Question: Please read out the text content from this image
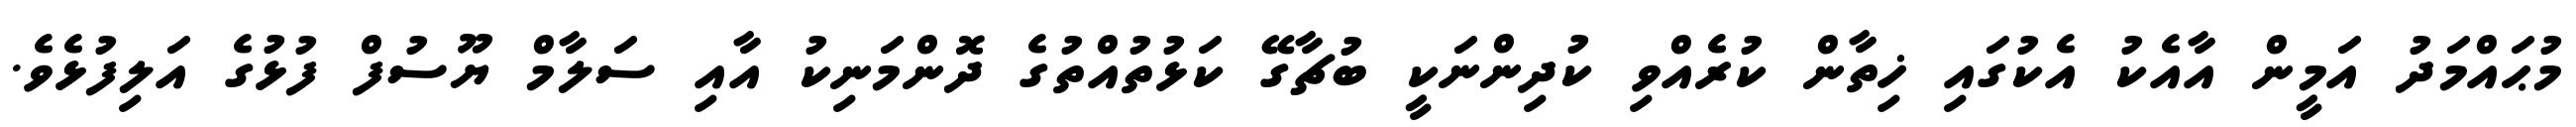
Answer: މުޙައްމަދު އަމީން އާއެކު އެކުގައި ޚިތާން ކުރެއްވި ކުދިންނަކީ ބުޗާގޭ ކަޅުތުއްތުގެ ދޮންމަނިކު އާއި ސަލާމް ޔޫސުފް ފުޅުގެ އަލިފުޅެވެ.